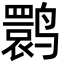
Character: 鹮